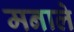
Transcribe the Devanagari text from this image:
मनाले